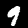
Digit: 9